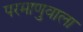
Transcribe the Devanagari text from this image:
परमाणुवाला